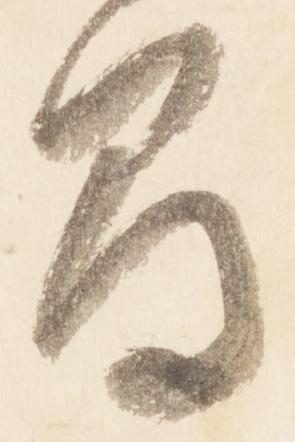
間